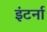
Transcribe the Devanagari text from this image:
इंटर्ना